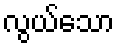
လွယ်သော